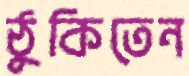
ঠুকিতেন